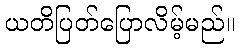
ယတိပြတ်ပြောလိမ့်မည်။